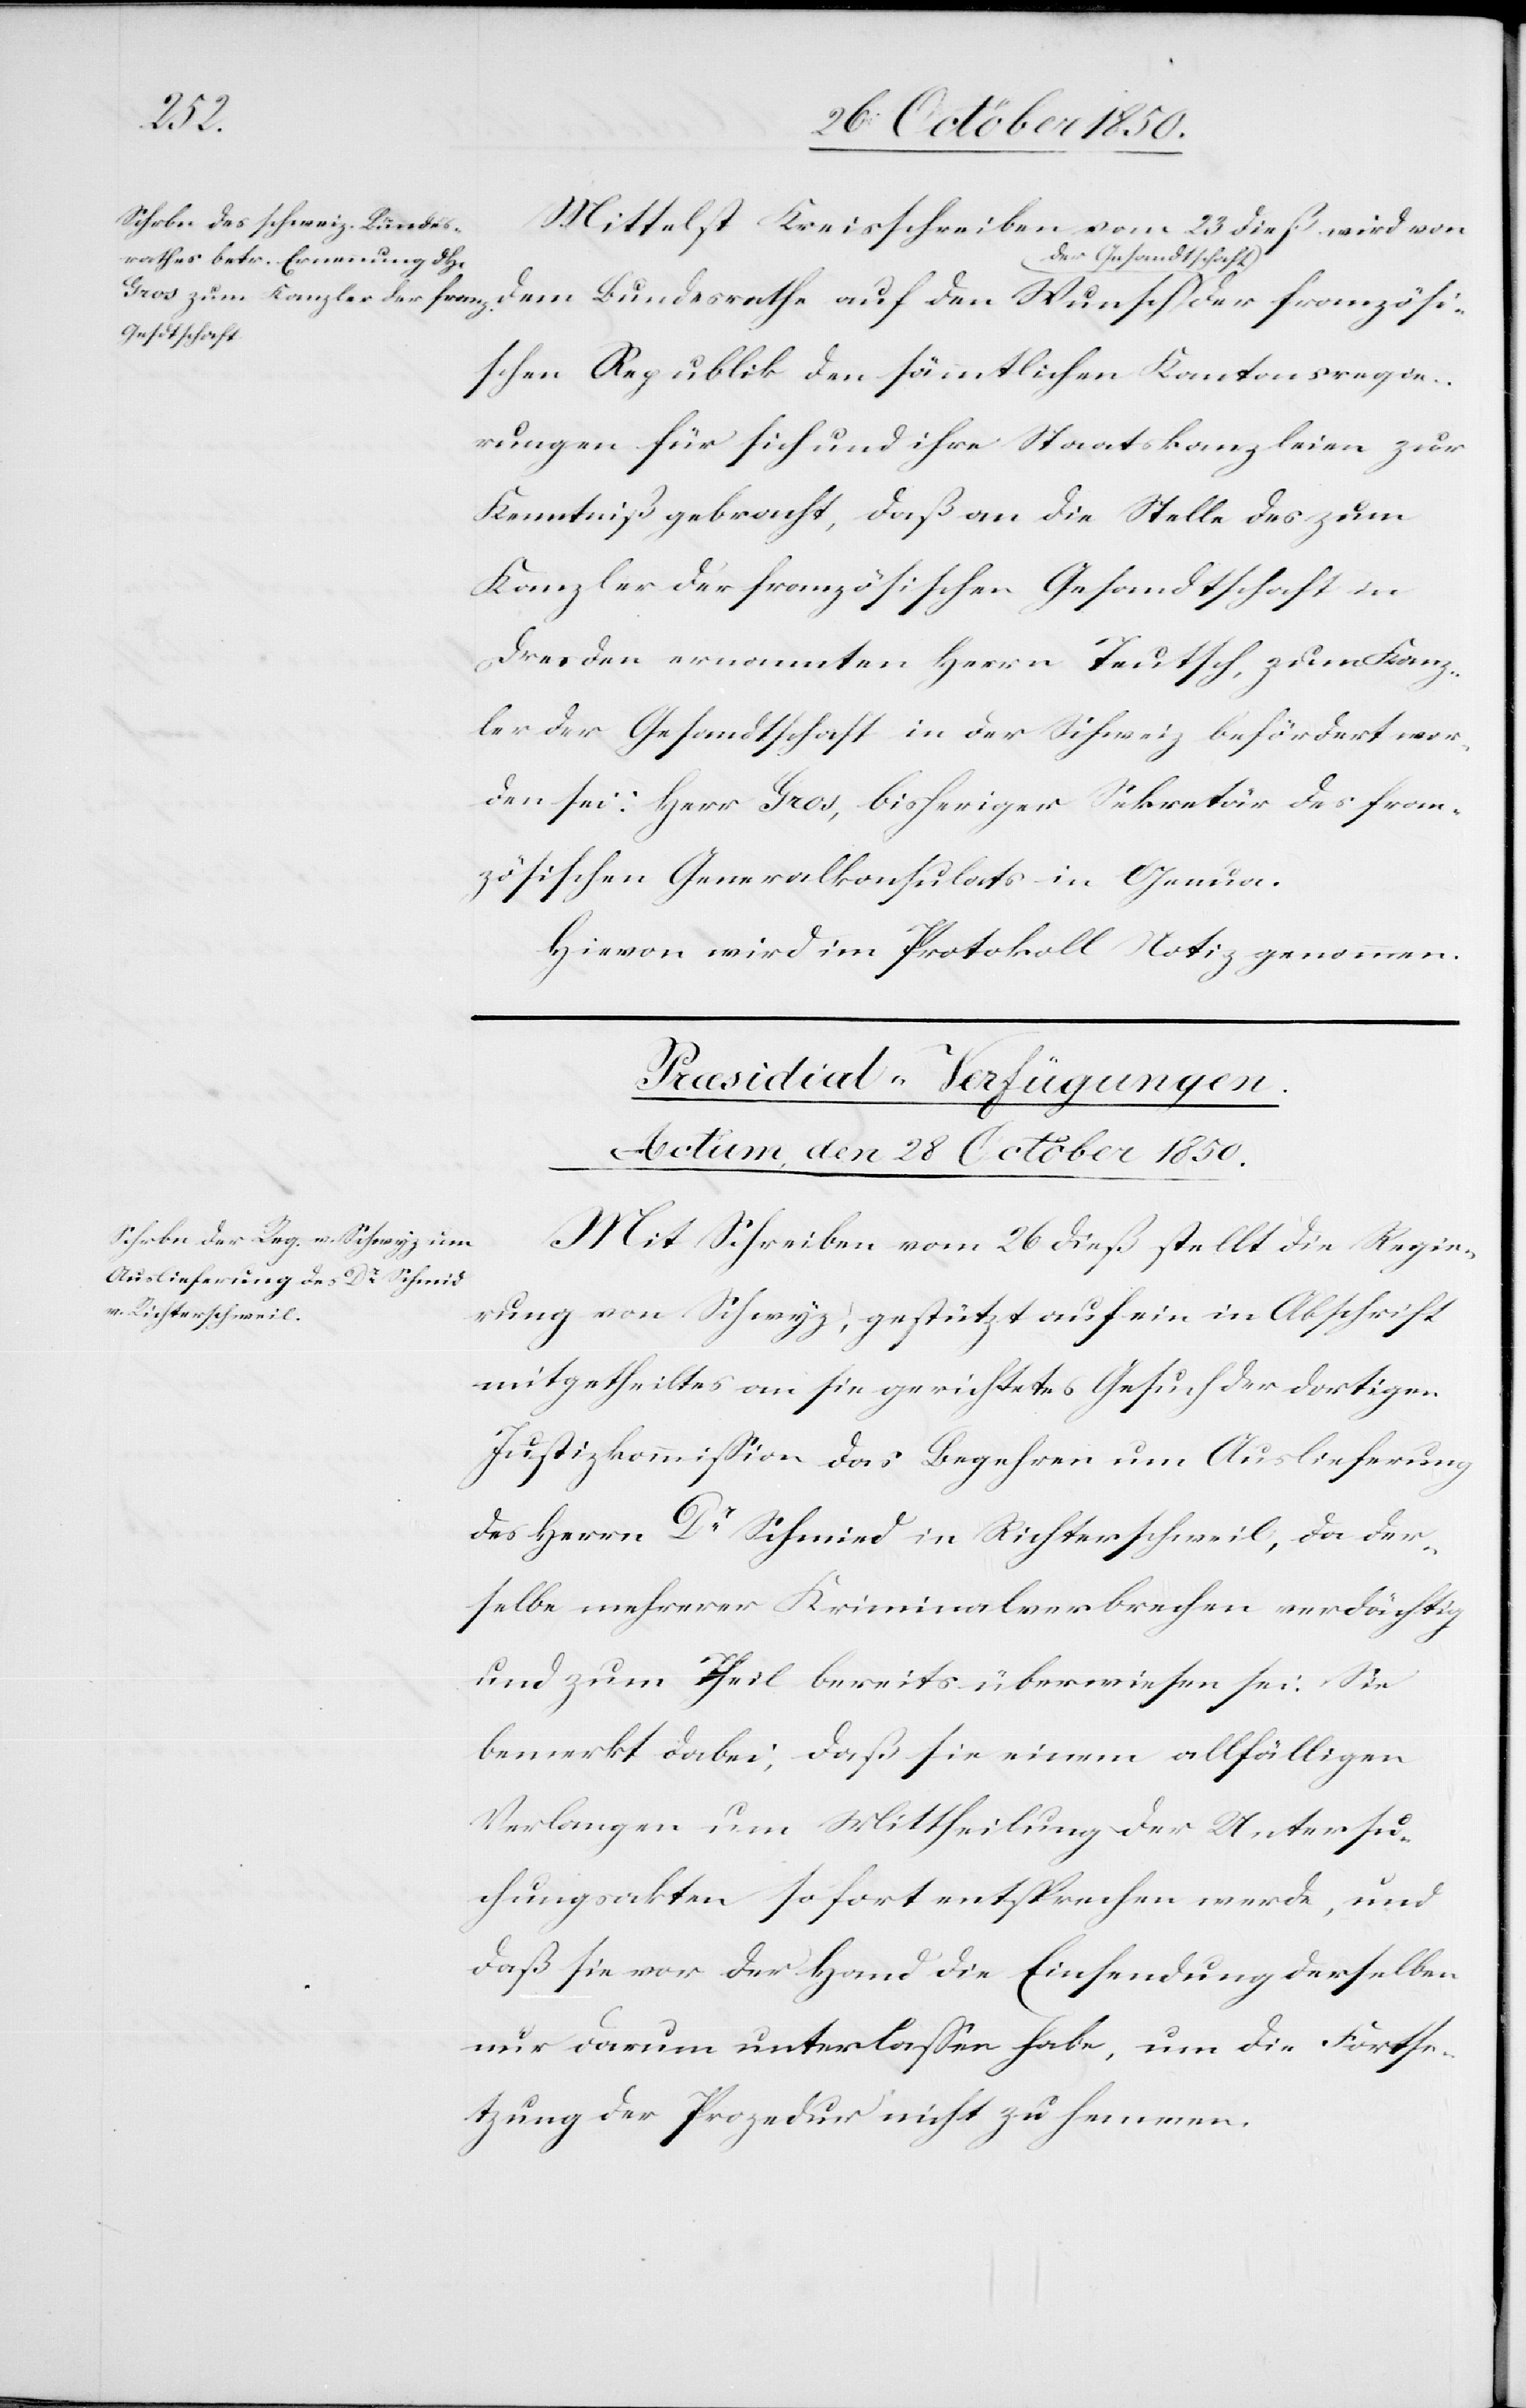
französ¬
Mittelst Kreisschreiben vom 23 dieß wird von
dem Bundesrathe auf den Wunsch der Gesandtsc¬
ischen Republik den sämmtlichen Kantonsregie¬
rungen für sich und ihre Staatskanzleien zur
Kenntniß gebracht, daß an die Stelle des zum
Kanzler der französischen Gesandtschaft in
Dresden ernannten Herrn Teutsch, zum Kanz¬
ler der Gesandtschaft in der Schweiz befördert wor¬
den sei: Herr Gros, bisheriger Sekretär des fran¬
zösischen Generalkonsulats in Genua.
Hievon wird im Protokoll Notiz genommen.
Præsidial-Verfügungen.
Actum, den 28 October 1850.
Mit Schreiben vom 26 dieß stellt die Regie¬
rung von Schwyz, gestützt auf ein in Abschrift
mitgetheiltes an sie gerichtetes Gesuch der dortigen
Justizkommission das Begehren um Auslieferung
des Herrn Dr Schmied [sic!] in Richterschweil, da der¬
selbe mehrerer Kriminalverbrechen verdächtig
und zum Theil bereits überwiesen sei. Sie
bemerkt dabei, daß sie einem allfälligen
Verlangen um Mittheilung der Untersu¬
chungsakten sofort entsprechen werde, und
daß sie vor der Hand die Einsendung derselben
nur darum unterlassen habe, um die Fortse¬
tzung der Prozedur nicht zu hemmen.